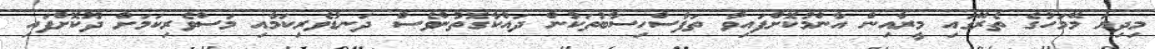
މިދިޔަ މޭމަހުގެ ތެރޭގައި މީރާއިން އާންމުކޮށްފައިވާ ތަފާސްހިސާބުތަކުން ދައްކާގޮތުންވެސް ދަނޑުވެރިކަމާއި މަސްވެރިކަމަށް ދޫކޮށްފައި